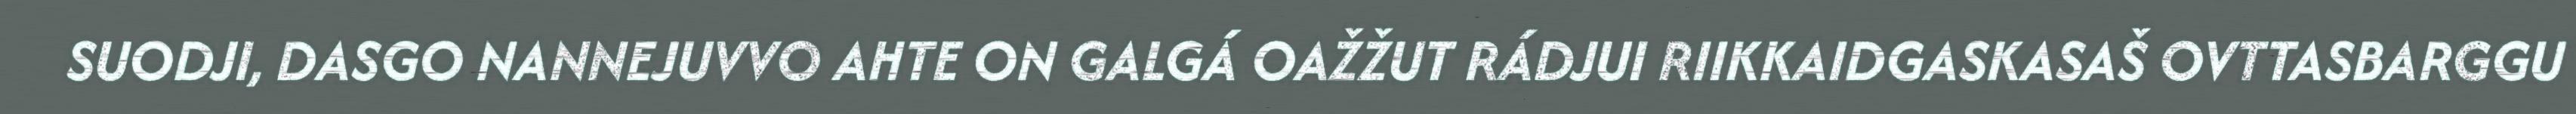
SUODJI, DASGO NANNEJUVVO AHTE ON GALGÁ OAŽŽUT RÁDJUI RIIKKAIDGASKASAŠ OVTTASBARGGU